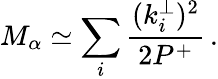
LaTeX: M_{\alpha}\simeq\sum_{i}\frac{(k_{i}^{\perp})^{2}}{2P^{+}}\, .